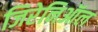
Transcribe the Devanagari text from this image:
जिरेनिऑल